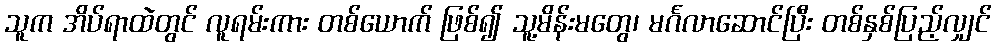
သူက အိပ်ရာထဲတွင် လူရမ်းကား တစ်ယောက် ဖြစ်၍ သူ့မိန်းမတွေ၊ မင်္ဂလာဆောင်ပြီး တစ်နှစ်ပြည့်လျှင်